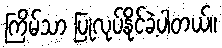
ကြိမ်သာ ပြုလုပ်နိုင်ခဲ့ပါတယ်။